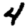
Digit: 4